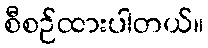
စီစဉ်ထားပါတယ်။